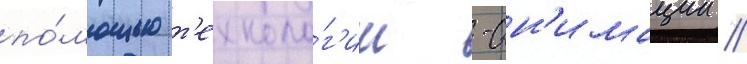
по́мощью т'ехноло́г'ии -ан'имации //